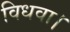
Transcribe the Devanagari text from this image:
विधवा।